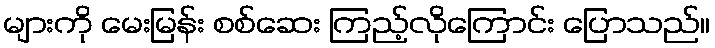
များကို မေးမြန်း စစ်ဆေး ကြည့်လိုကြောင်း ပြောသည်။